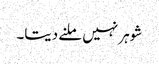
شوہر نہیں ملنے دیتا۔